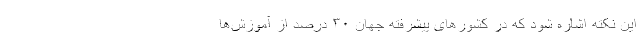
این نکته اشاره شود که در کشور‌های پیشرفته جهان ۳۰ درصد از آموزش‌ها